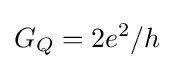
G_{Q}=2e^{2}/h